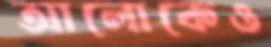
আলোকেও